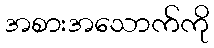
အစားအသောက်ကို